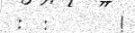
:  :       !